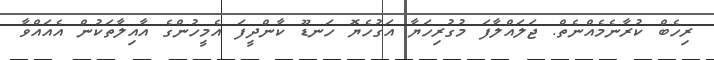
ރިހެބް ކުރާނެމެއްނެތް. ޖަލައްލާފަ މުގުރިހަޔާ އަގުހެޔޮ ހަނޑޫ ކާންދީފަ އެމީހުންގެ އާއިލާތަކުން އެއައްވާ